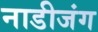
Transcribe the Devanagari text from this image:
नाडीजंग